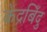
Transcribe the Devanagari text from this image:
केंद्रबिँदु